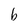
Character: b